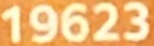
19623